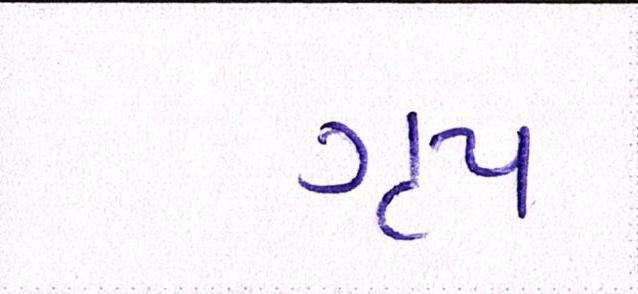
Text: ગૃપ